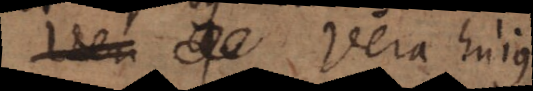
Vera hujus